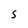
Character: S